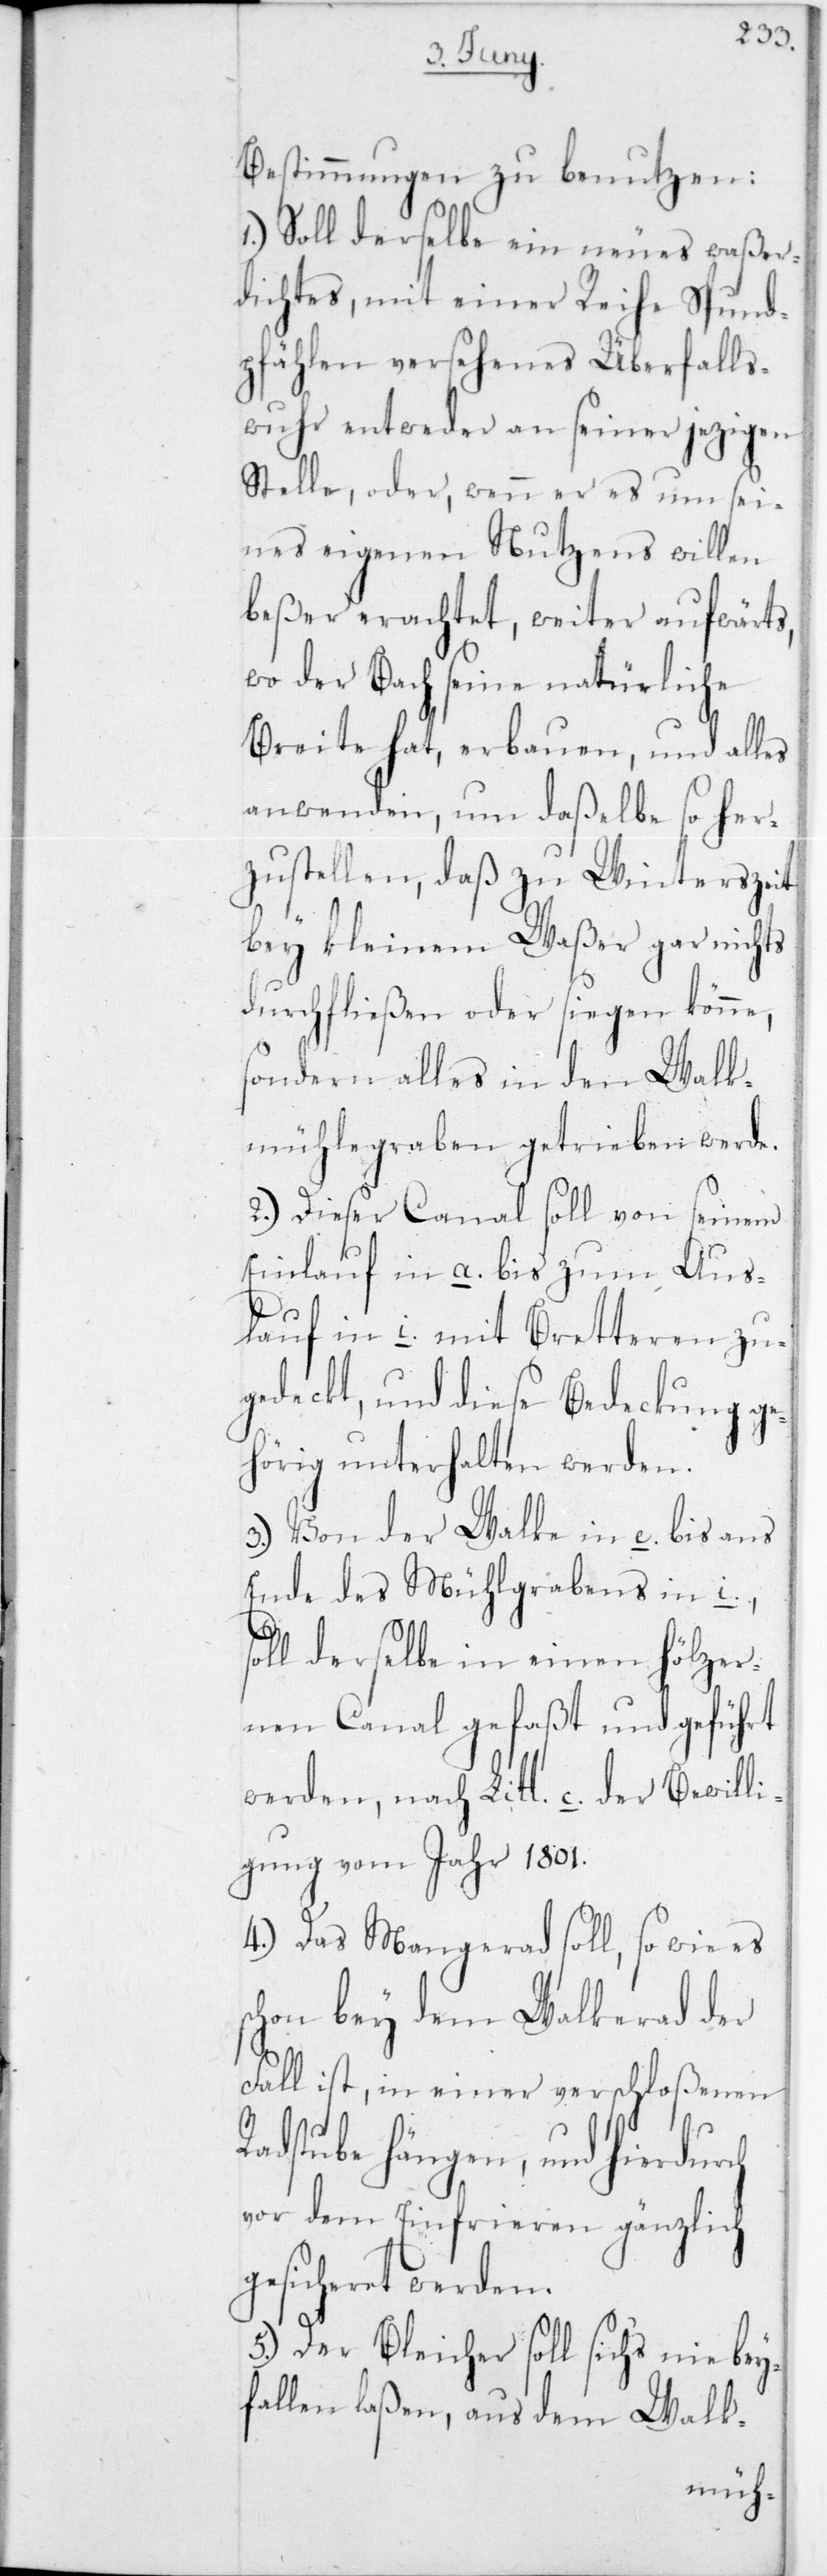
Bestimmungen zu benutzen:
1.) Soll derselbe ein neues waßer¬
dichtes, mit einer Reihe Spund¬
pfählen versehenes Überfalls¬
wuhr entweder an seiner jezigen
Stelle, oder, wenn er es um sei¬
nes eigenen Nutzens willen
beßer erachtet, weiter aufwärts,
wo der Bach seine natürliche
Breite hat, erbauen, und alles
anwenden, um daßelbe so her¬
zustellen, daß zu Winterszeit
bey kleinem Waßer gar nichts
durchfließen oder siegen könne,
sondern alles in den Walk¬
mühlegraben getrieben werde.
2.) Dieser Canal soll von seinem
Einlauf in a. bis zum Aus¬
lauf in i. mit Bretteren zu¬
gedeckt, und diese Bedeckung ge¬
hörig unterhalten werden.
3.) Von der Walke in e. bis ans
Ende des Mühlgrabens in i.,
derselbe in einen hölzer¬
nen Canal gefaßt und geführt
werden, nach Litt. c. der Bewilli¬
gung vom Jahr 1801.
4.) Das Mangenrad soll, so wie es
schon bey dem Walkerad der
Fall ist, in einer verschloßenen
Radstube hängen, und hierdurch
von dem Einfrieren gänzlich
gesicheret werden.
5.) Der Bleicher soll sich’s nie bey¬
fallen laßen, aus dem Walk-